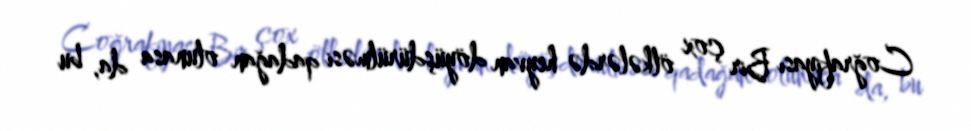
Coğrafiyası Bir çox ölkələrdə heyvan döyüşdürülməsi qadağan olunasa da, bu